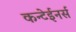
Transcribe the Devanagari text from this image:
कन्टेईनर्स